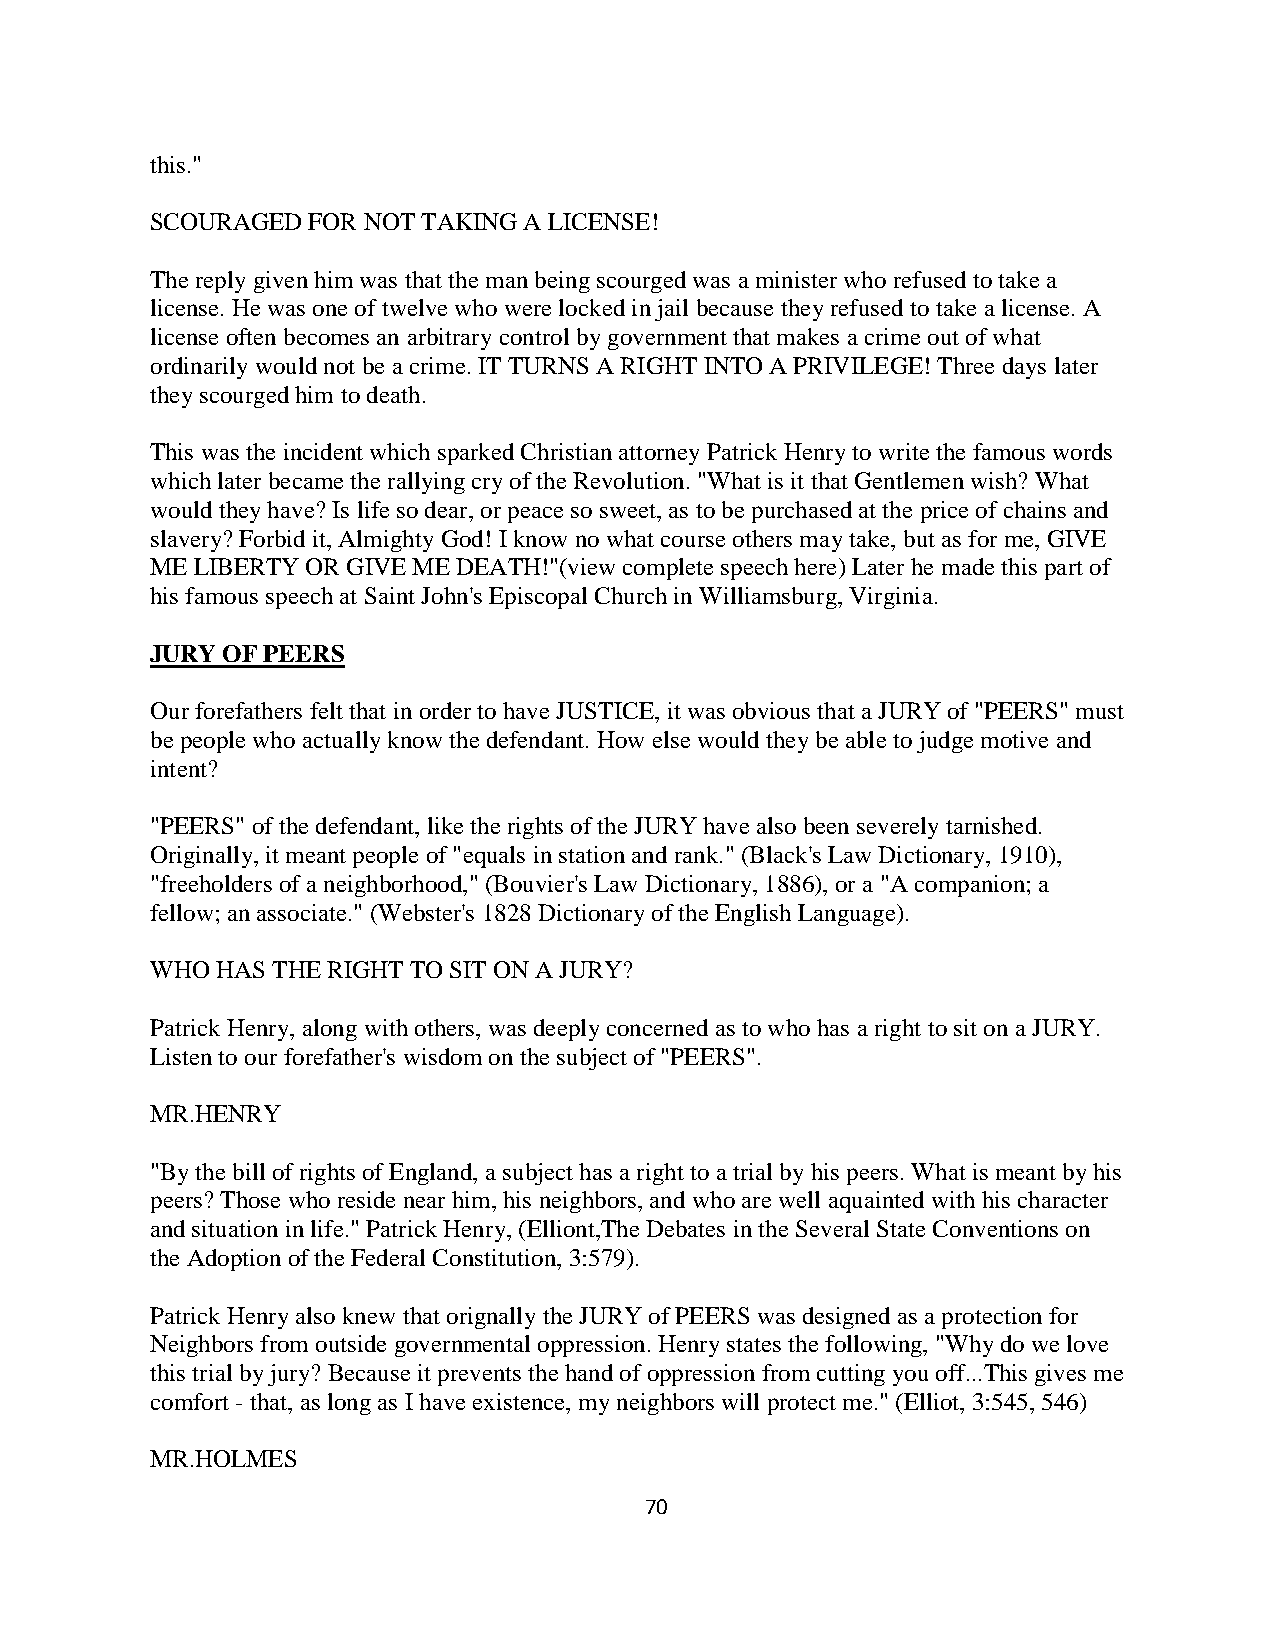
this."
 SCOURAGED FOR NOT TAKING A LICENSE!
 The reply given him was that the man being scourged was a minister who refused to take a
 license. He was one of twelve who were locked in jail because they refused to take a license. A
 license often becomes an arbitrary control by government that makes a crime out of what
 ordinarily would not be a crime. IT TURNS A RIGHT INTO A PRIVILEGE! Three days later
 they scourged him to death.
 This was the incident which sparked Christian attorney Patrick Henry to write the famous words
 which later became the rallying cry of the Revolution. "What is it that Gentlemen wish? What
 would they have? Is life so dear, or peace so sweet, as to be purchased at the price of chains and
 slavery? Forbid it, Almighty God! I know no what course others may take, but as for me, GIVE
 ME LIBERTY OR GIVE ME DEATH!"(view complete speech here) Later he made this part of
 his famous speech at Saint John's Episcopal Church in Williamsburg, Virginia.
 JURY OF PEERS
 Our forefathers felt that in order to have JUSTICE, it was obvious that a JURY of "PEERS" must
 be people who actually know the defendant. How else would they be able to judge motive and
 intent?
 "PEERS" of the defendant, like the rights of the JURY have also been severely tarnished.
 Originally, it meant people of "equals in station and rank." (Black's Law Dictionary, 1910),
 "freeholders of a neighborhood," (Bouvier's Law Dictionary, 1886), or a "A companion; a
 fellow; an associate." (Webster's 1828 Dictionary of the English Language).
 WHO HAS THE RIGHT TO SIT ON A JURY?
 Patrick Henry, along with others, was deeply concerned as to who has a right to sit on a JURY.
 Listen to our forefather's wisdom on the subject of "PEERS".
 MR.HENRY
 "By the bill of rights of England, a subject has a right to a trial by his peers. What is meant by his
 peers? Those who reside near him, his neighbors, and who are well aquainted with his character
 and situation in life." Patrick Henry, (Elliont,The Debates in the Several State Conventions on
 the Adoption of the Federal Constitution, 3:579).
 Patrick Henry also knew that orignally the JURY of PEERS was designed as a protection for
 Neighbors from outside governmental oppression. Henry states the following, "Why do we love
 this trial by jury? Because it prevents the hand of oppression from cutting you off...This gives me
 comfort - that, as long as I have existence, my neighbors will protect me." (Elliot, 3:545, 546)
 MR.HOLMES
 70